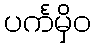
ပင်္ကမှိဝ